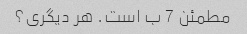
مطمئن 7 ب است. هر دیگری؟